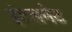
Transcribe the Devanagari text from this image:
इंटलनेट